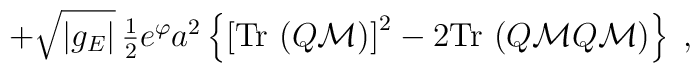
+\sqrt{|g_{E}|}\, \textstyle{\frac{1}{2}} e^{\varphi}a^{2}\left\{\left[{\rm Tr}\, \left( Q\mathcal{M}\right)\right]^{2}-2{\rm Tr}\, \left( Q\mathcal{M}Q\mathcal{M} \right)\right\} \; ,